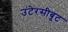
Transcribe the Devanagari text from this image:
उंटेरसीबूट